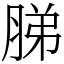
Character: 䏲